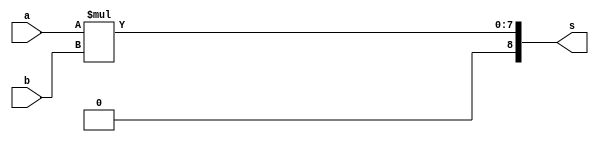
module mul4 (s, a, b);
output [8:0] s;
input  [3:0] a, b;
assign s = a * b;
endmodule